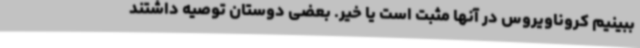
ببینیم کروناویروس در آنها مثبت است یا خیر. بعضی دوستان توصیه داشتند